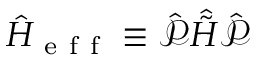
\hat { H } _ { \mathrm { ~ e ~ f ~ f ~ } } \equiv \hat { \mathcal { P } } \hat { \Tilde { H } } \hat { \mathcal { P } }